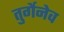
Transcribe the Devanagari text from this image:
तुर्गेनेव